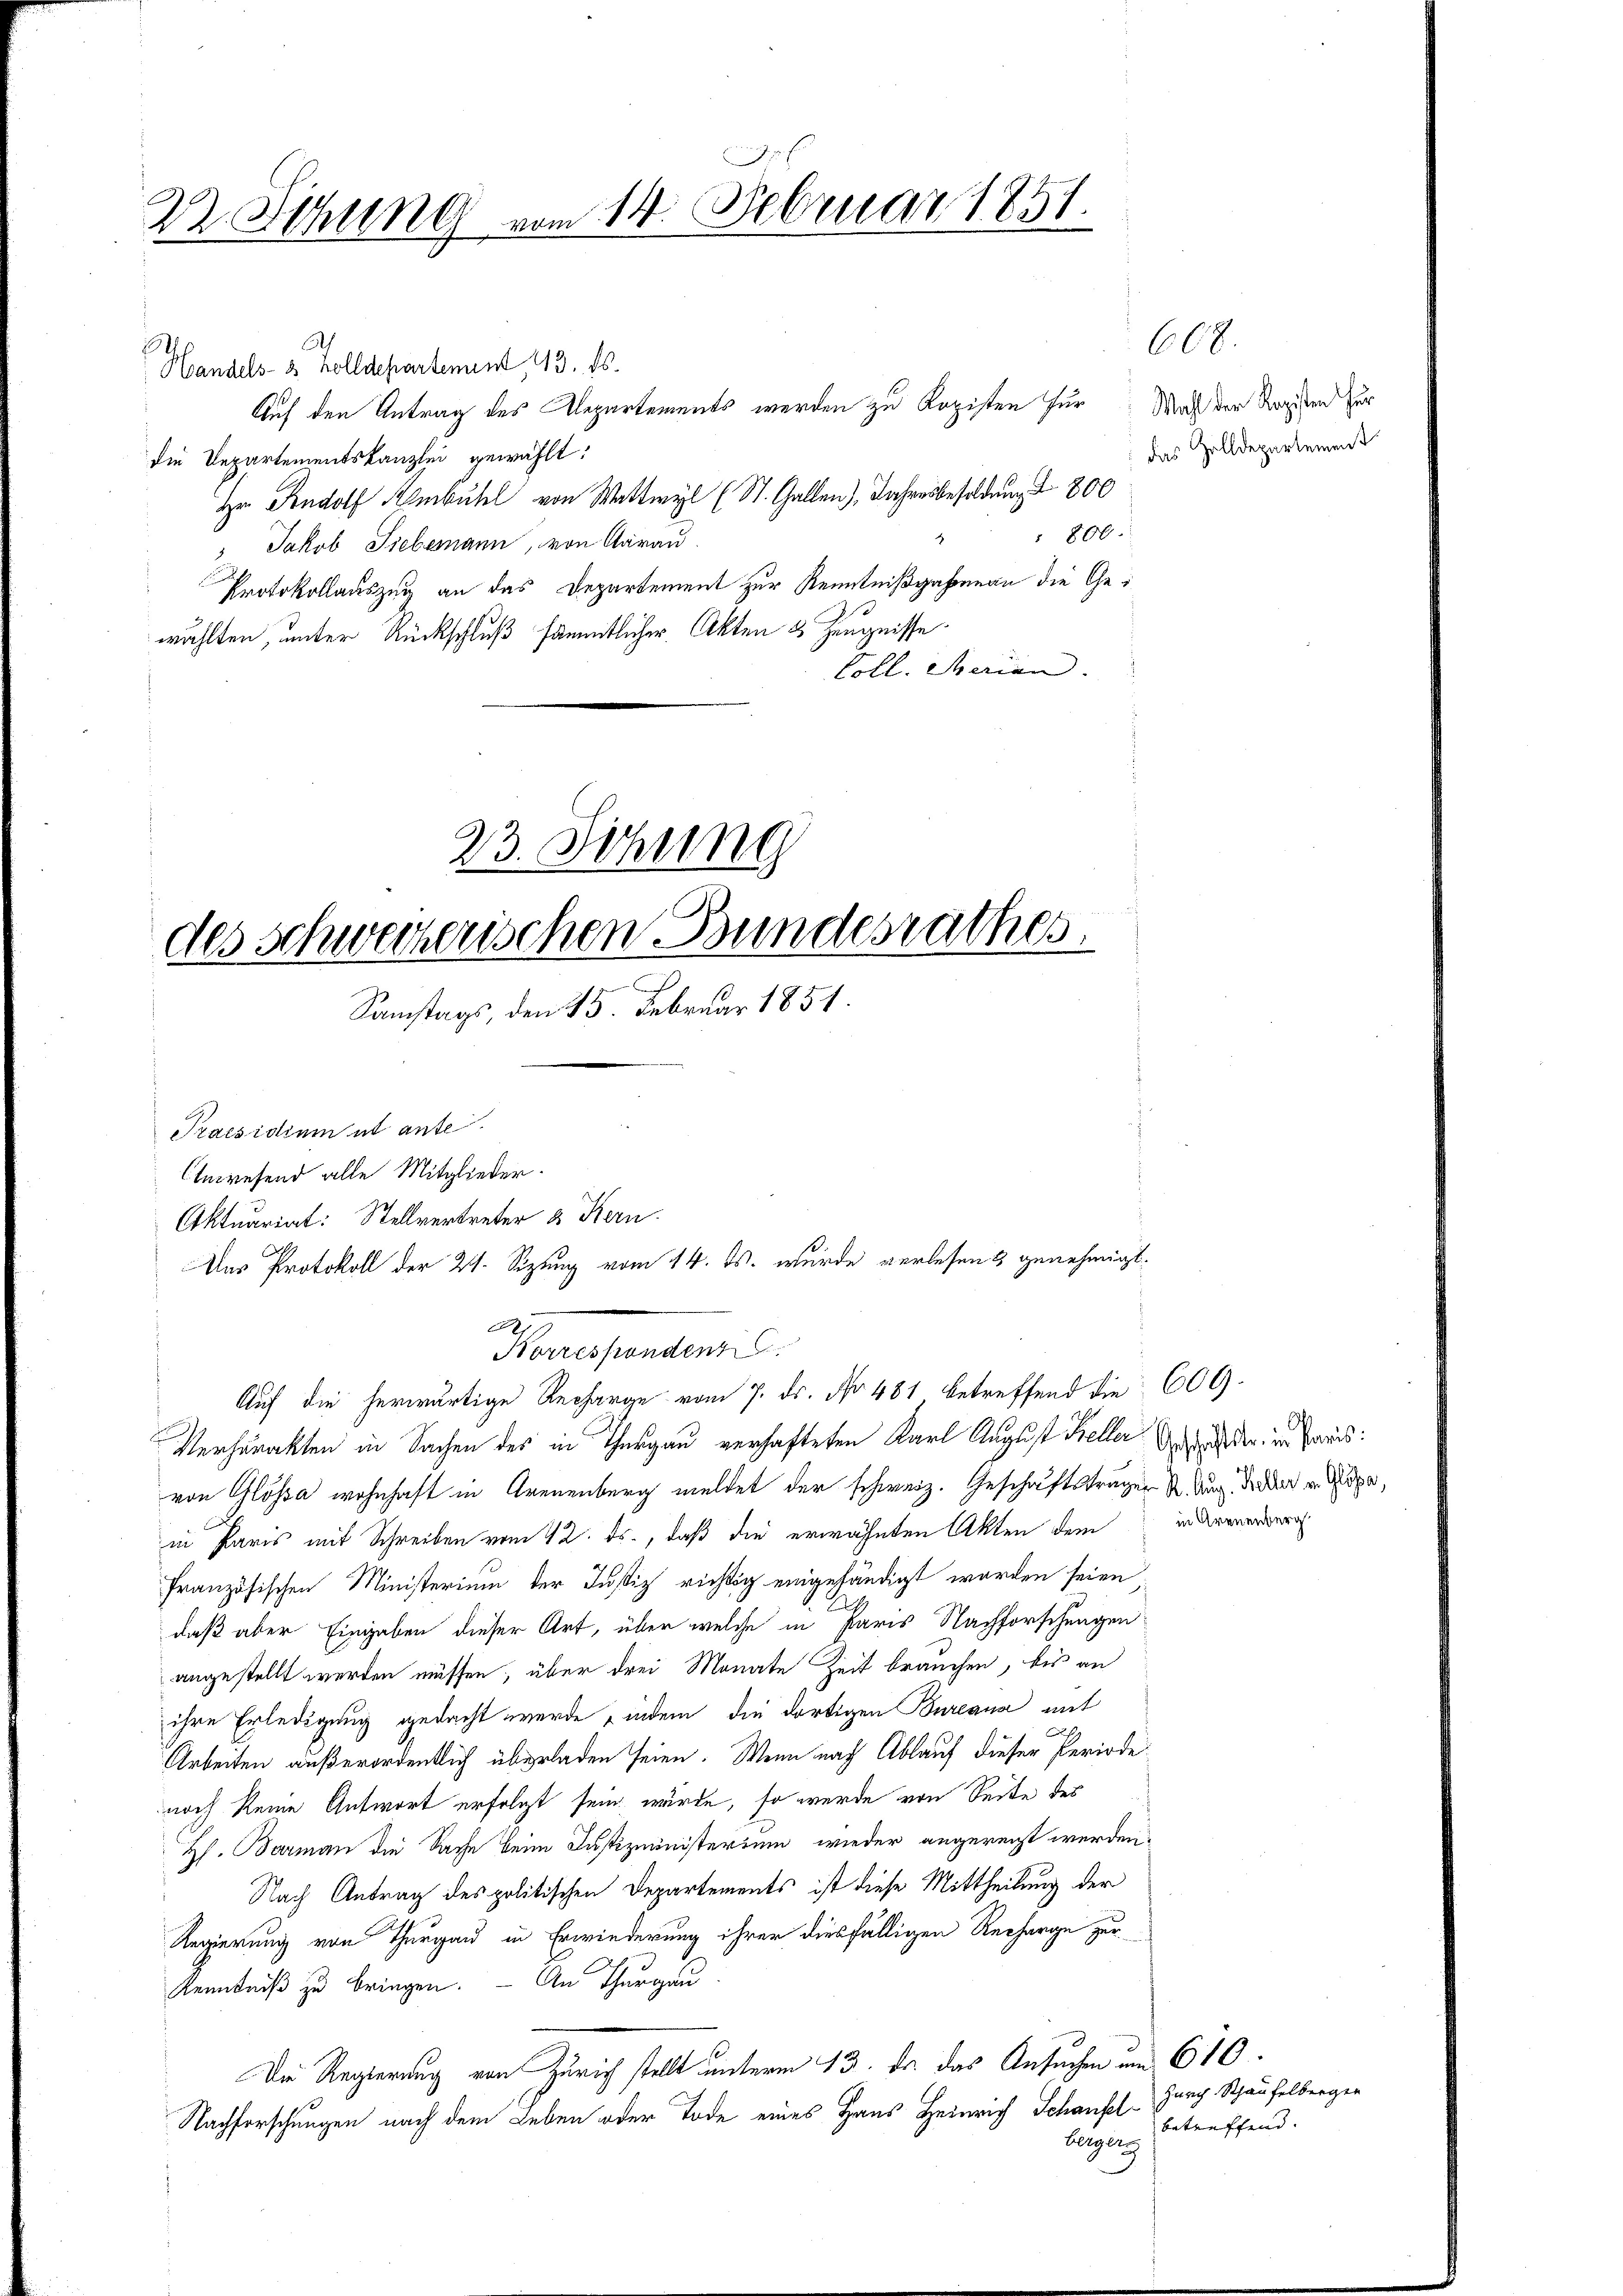
22. Sitzung vom 14. Februar 1851.

Handels 8 Zolldepartement, 13. ds.
Auf den Antrag des Repartements werden zu Kopisten für Maß der Regien zur
die Departementskanzlei gewählt:
Hr. Rudolf Ambühl von Wattwyl (St. Gallen), Jahresbesoldung & 800
800.
 Jakob Siebemann, von Aarau
Protokollauszug an das Departement zur Kenntnißgahenau die Gewählten, unter Rückschluß sämmtlicher Akten 3 Zeugnisse.
Coll. Sterian.

23. Sitzung
des schweizerischen Bundesrathes.
Samstags, den 25. Februar 1851.

Praesidium et ante
Anwesend alle Mitglieder.
Aktuariat: Stellvertreter & Kern.
Das Protokoll der 21. Sizung vom 14. ds. wurde verlesen & genehmigt.

x
Norrespondenz
Auf die herwärtige Recharge vom 7. ds. No 481 betreffend die 609.

Verharakten in Sachen des in Thurgau verhafteten Karl August Keller Anschaden, in Paris:
von Glossa wohnhaft in Arenenberg meldet der schweiz. Geschäftsträger S. Aug. Sidler v. Go
in Paris mit Schreiben vom 12. ds., daß die erwähnten Akten dem in derender
französischen Ministerium der Justiz richtig eingehändigt worden seien
daß aber Eingaben dieser Art, über welche in Paris Nachforschungen
angestellt werden müssen, über drei Monate Zeit brauchen, bis an
ihre Erledigung gedacht werde , indem die dortigen Bureana mit
Arbeiten außerordentlich überladen seien. Wenn nach Ablauf dieser Periode
noch keine Antwort erfolgt sein würde, so wurde von Seite des
H. Barman die Sache beim Justizministerium wieder angerecht werden.
Nach Antrag des politischen Departements ist diese Mittheilung der
Regierung von Thurgau in Erwiederung ihrer diesfälligen Recharge zur
Kenntniß zu bringen. — An Thurgau.
Die Regierung von Zürich stellt unterm 13. Dr. das Ansuchen um 610.
Nachforschungen nach dem Leben oder Tode eines Haus Heinrich Schausel¬
Berger

das Zolldepartement

608.

Zürich Schaufelberger
betreffend.